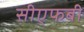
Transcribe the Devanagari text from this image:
सीएफबी